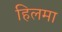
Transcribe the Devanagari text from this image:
हिलमा